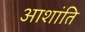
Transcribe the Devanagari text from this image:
आशांति